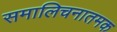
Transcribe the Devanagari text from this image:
समालिचनातमक